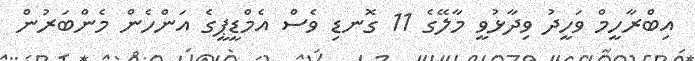
އިބްރާހީމް ވަހީދު ވިދާޅުވީ މާލޭގެ 11 ގޮނޑި ވެސް އެމްޑީޕީގެ އަންހެން މެންބަރުން